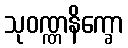
သုဝဏ္ဏနိက္ခော